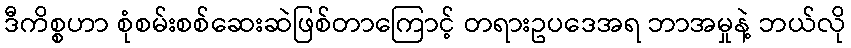
ဒီကိစ္စဟာ စုံစမ်းစစ်ဆေးဆဲဖြစ်တာကြောင့် တရားဥပဒေအရ ဘာအမှုနဲ့ ဘယ်လို